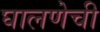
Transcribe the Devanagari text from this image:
घालणेची